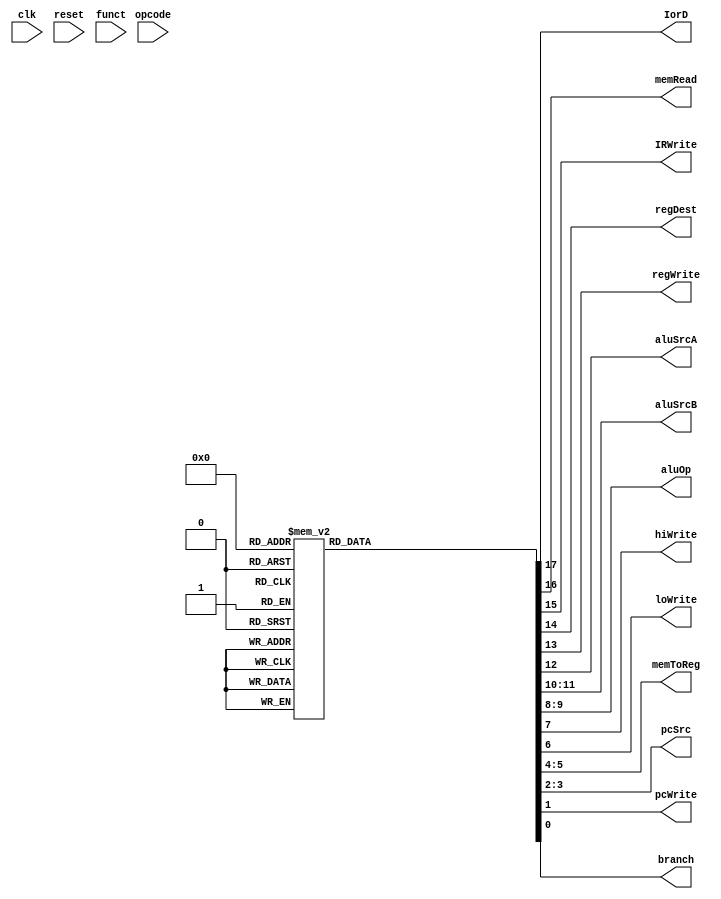
module control_circuit (input clk, input reset, input [5:0] opcode, input [5:0] funct,
                        output reg IorD, output reg memRead, output reg IRWrite, output reg regDest, output reg regWrite,
                        output reg aluSrcA, output reg [1:0] aluSrcB, output reg [1:0] aluOp, output reg hiWrite,
                        output reg loWrite, output reg [1:0] memToReg, output reg [1:0] pcSrc, output reg pcWrite,
                        output reg branch );

  reg [3:0] state;
  reg [17:0] value;
  always @ ( reset ) begin
      state = 0;
  end

  always @ ( state ) begin
      case (state)
          4'b0001: value = 18'b011000010000001010;
          4'b0010: value = 18'b000000110000000000;
          4'b0011: value = 18'b000001100000000000;
          4'b0100: value = 18'b000001001000000000;
          4'b0101: value = 18'b000110000000010000;
          4'b0110: value = 18'b000001100000000000;
          4'b0111: value = 18'b000000000000000110;
          4'b1000: value = 18'b000001000100000001;
          4'b1001: value = 18'b000010000000100000;
          4'b1010: value = 18'b000000000011000000;
          4'b1011: value = 18'b110000000000000000;
          4'b1100: value = 18'b000010000000000000;
          default: value = 19'b000000000000000000;
      endcase

      IorD = value[17]; memRead = value[16]; IRWrite = value[15]; regDest = value[14]; regWrite = value[13];
      aluSrcA = value[12]; aluSrcB = value[11:10]; aluOp = value[9:8]; hiWrite = value[7]; loWrite = value[6];
      memToReg = value[5:4]; pcSrc = value[3:2]; pcWrite = value[1]; branch = value[0];
  end
  always @ ( negedge clk ) begin
      case (state)
          4'b0000:begin state = 4'b0001; end
          4'b0001:begin state = 4'b0010; end
          4'b0010: begin
          case (opcode)
              6'b001000: state = 4'b0011;
              6'b011000: state = 4'b0100;
              6'b010000: state = 4'b0101;
              6'b100011: state = 4'b0110;
              6'b000010: state = 4'b0111;
              6'b000100: state = 4'b1000;
              default: state = 4'b1000;
          endcase
          end
          4'b0011:begin state = 4'b1001;end
          4'b0100:begin state = 4'b1010;end
          4'b0101:begin state = 4'b0001;end
          4'b0110:begin state = 4'b1011;end
          4'b0111:begin state = 4'b0001;end
          4'b1000:begin state = 4'b0001;end
          4'b1001:begin state = 4'b0001;end
          4'b1010:begin state = 4'b0001;end
          4'b1011:begin state = 4'b1100;end
          4'b1100:begin state = 4'b0001;end
          default:begin state = 4'b0000;end
      endcase
  end
endmodule